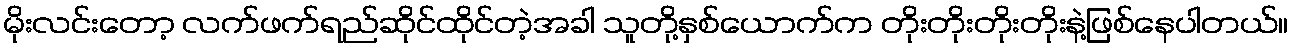
မိုးလင်းတော့ လက်ဖက်ရည်ဆိုင်ထိုင်တဲ့အခါ သူတို့နှစ်ယောက်က တိုးတိုးတိုးတိုးနဲ့ဖြစ်နေပါတယ်။